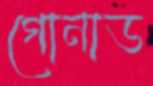
গোনাড